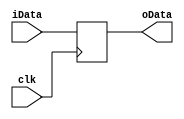
module DataSync (
    input clk,
    input [31:0] iData,
    output [31:0] oData
    );
    
    reg [31:0] oData;

    always @(negedge clk) begin
        oData = iData;
    end
endmodule